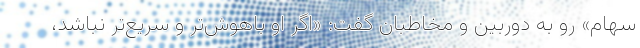
سهام» رو به دوربین و مخاطبان گفت: «اگر او باهوش‌تر و سریع‌تر نباشد،